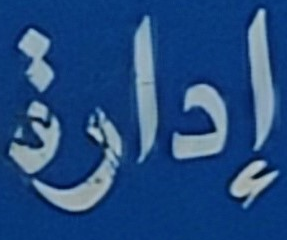
إدارة